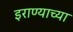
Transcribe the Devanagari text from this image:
इराण्याच्या